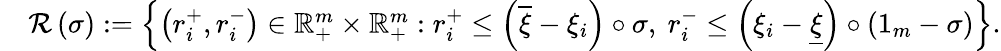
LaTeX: \begin{array}{rl}&{{\mathcal R}\left(\sigma\right):=\left\{ \left(r_{i}^{+},r_{i}^{-}\right)\in{\mathbb R}_{+}^{m}\times{\mathbb R}_{+}^{m}:r_{i}^{+}\leq\left(\overline{{\xi}}-\xi_{i}\right)\circ\sigma,\ r_{i}^{-}\leq\left(\xi_{i}-\underline{{\xi}}\right)\circ\left(1_{m}-\sigma\right)\right\} .}\end{array}